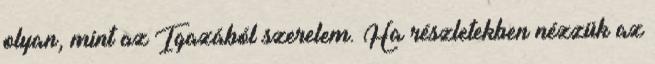
olyan, mint az Igazából szerelem. Ha részletekben nézzük az